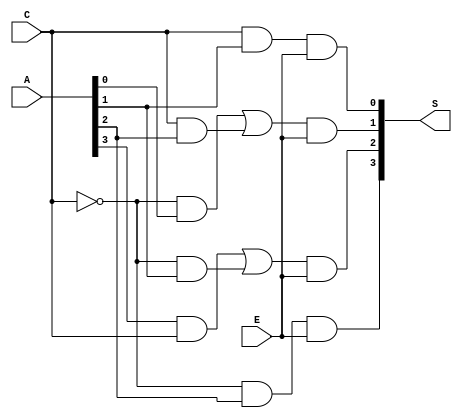
`timescale 1ns / 1ps
//////////////////////////////////////////////////////////////////////////////////
// Company: 
// Engineer: 
// 
// Design Name: 
// Module Name:    shifter 
// Project Name: 
// Target Devices: 
// Tool versions: 
// Description: 
//
// Dependencies: 
//
// Revision: 
// Revision 0.01 - File Created
// Additional Comments: 
//
//////////////////////////////////////////////////////////////////////////////////
module shiftermod(A,C,E,S);
input		[3:0]A;
input		C,E;
output	[3:0]S;
wire		[8:0]w;
wire		Cbar;
	
	not	(Cbar,C);
	and	(w[0],Cbar,A[0]);
	and	(w[5],C,A[1]);
	and	(w[2],Cbar,A[1]);
	and	(w[3],C,A[2]);
	and	(w[8],Cbar,A[2]);
	or		(w[6],w[0],w[3]);
	and	(w[4],A[3],C);
	or		(w[7],w[4],w[2]);
	and	(S[0],w[5],E);
	and	(S[1],w[6],E);
	and	(S[2],w[7],E);
	and	(S[3],w[8],E);
	
endmodule